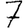
Digit: 7